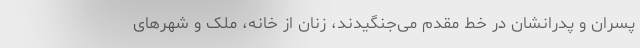
پسران و پدرانشان در خط مقدم می‌جنگیدند، زنان از خانه، ملک و شهرهای